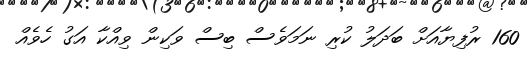
160 ރުފިޔާއަށް ބަދަލު ކުރި ނަމަވެސް ބިސް ވަކިން ވިއްކާ އަގު ހެވެއް